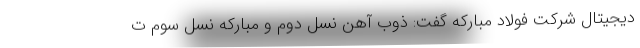
دیجیتال شرکت فولاد مبارکه گفت: ذوب آهن نسل دوم و مبارکه نسل سوم ت